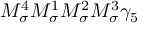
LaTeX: M _ { \sigma } ^ { 4 } M _ { \sigma } ^ { 1 } M _ { \sigma } ^ { 2 } M _ { \sigma } ^ { 3 } \gamma _ { 5 }